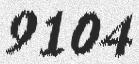
9104